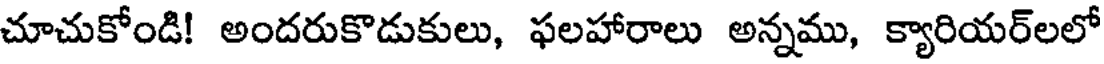
చూచుకోండి! అందరుకొడుకులు, ఫలహారాలు అన్నము, క్యారియర్లలో